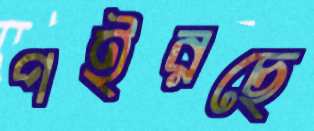
পইরছে